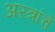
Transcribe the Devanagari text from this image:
अस्त्रांचे